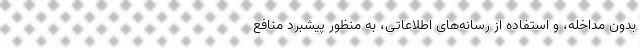
بدون مداخله، و استفاده از رسانه‌های اطلاعاتی،‌ به منظور پیشبرد منافع